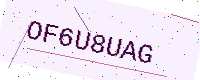
Text: OF6U8UAG